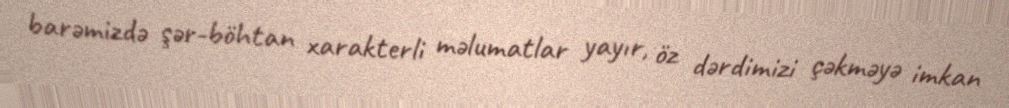
barəmizdə şər-böhtan xarakterli məlumatlar yayır, öz dərdimizi çəkməyə imkan